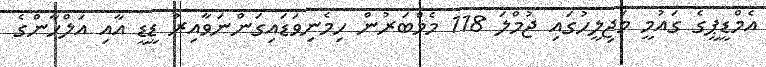
އެމްޑީޕީގެ ގައުމީ މަޖިލީހުގައި ޖުމްލަ 118 މެމްބަރުން ހިމެނިވަޑައިގަންނަވާއިރު ޑީޑީ އާއި އަލްހާންގެ